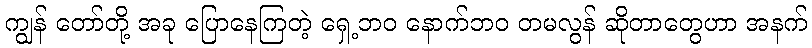
ကျွန် တော်တို့ အခု ပြောနေကြတဲ့ ရှေ့ဘဝ နောက်ဘဝ တမလွန် ဆိုတာတွေဟာ အနက်